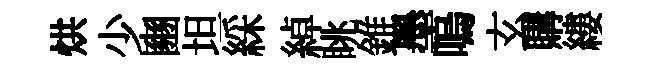
烘少豳坦綵綽眺錐墨嗚玄購縷